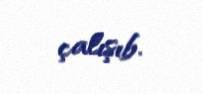
çalışıb.